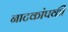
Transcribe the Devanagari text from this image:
नाटकांपकी